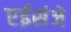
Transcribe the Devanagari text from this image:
एईसंजे